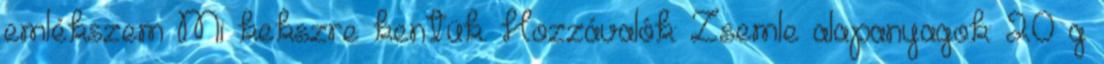
emlékszem Mi kekszre kentük. Hozzávalók: Zsemle alapanyagok: 20 g